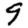
Digit: 9